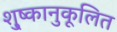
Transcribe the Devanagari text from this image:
शु्ष्कानुकूलित